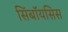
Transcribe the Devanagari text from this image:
सिंबॉयसिस